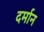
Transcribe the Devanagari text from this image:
दर्मान